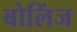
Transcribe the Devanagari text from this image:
बोलिंज